Civil Veterinary Dept. Bombay admin report 1923-31 - 1923-1931
Year: 1923
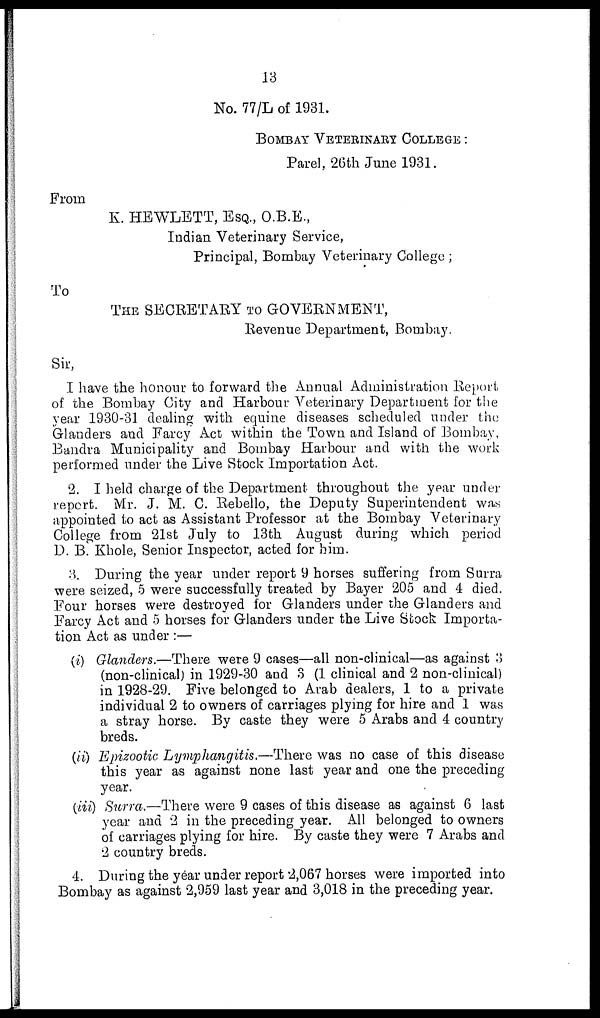
13
No. 77/L of 1931.
BOMBAY VETERINARY COLLEGE:
Pare], 26th June 1931.
From
K. HEWLETT, ESQ., O.B.E.,
Indian Veterinary Service,
Principal, Bombay Veterinary College;
To
THE SECRETARY TO GOVERNMENT,
Revenue Department, Bombay.
Sir,
I have the honour to forward the Annual Administration Report
of the Bombay City and Harbour Veterinary Department for the
year 1930-31 dealing with equine diseases scheduled under the
Glanders and Farcy Act within the Town and Island of Bombay,
Bandra Municipality and Bombay Harbour and with the work
performed under the Live Stock Importation Act.
2. I held charge of the Department throughout the year under
report. Mr. J. M. C. Rebello, the Deputy Superintendent was
appointed to act as Assistant Professor at the Bombay Veterinary
College from 21st July to 13th August during which period
D. B. Khole, Senior Inspector, acted for him.
3. During the year under report 9 horses suffering from Surra
were seized, 5 were successfully treated by Bayer 205 and 4 died.
Four horses were destroyed for Glanders under the Glanders and
Farcy Act and 5 horses for Glanders under the Live Stock Importa-
tion Act as under:—
(i) Glanders.—There were 9 cases—all non-clinical—as against 3
(non-clinical) in 1929-30 and 3 (1 clinical and 2 non-clinical)
in 1928-29. Five belonged to Arab dealers, 1 to a private
individual 2 to owners of carriages plying for hire and 1 was
a stray horse. By caste they were 5 Arabs and 4 country
breds.
(ii) Epizootic Lymphangitis,—There was no case of this disease
this year as against none last year and one the preceding
year.
(iii) Surra.—There were 9 cases of this disease as against 6 last
year and 2 in the preceding year. All belonged to owners
of carriages plying for hire. By caste they were 7 Arabs and
2 country breds.
4. During the year under report 2,067 horses were imported into
Bombay as against 2,959 last year and 3,018 in the preceding year.